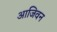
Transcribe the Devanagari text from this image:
आजिवन